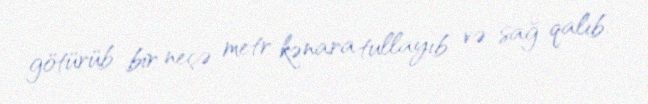
götürüb bir neçə metr kənara tullayıb və sağ qalıb.